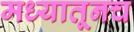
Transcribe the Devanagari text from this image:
मध्यातूनच